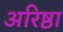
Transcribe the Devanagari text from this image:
अरिष्ठा